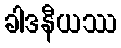
ခါဒနီယဿ